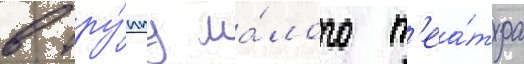
в тру́ппу ма́лого т'еа́тра